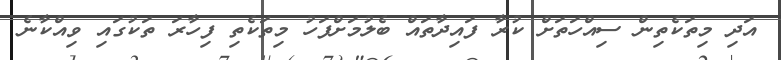
އަދި މިތަކެތިން ސިއްހަތަށް ކުރާ ފައިދާތައް ބެލުމަށްފަހު މިތަކެތި ފިހާރަ ތަކުގައި ވިއްކާނެ